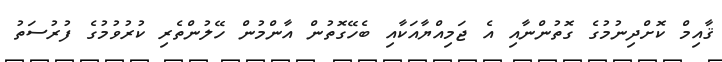
ޤާއިމް ކޮށްދިނުމުގެ ގޮތުންނާއި އެ ޖަމިއްޔާއަކާއި ބެހޭގޮތުން އާންމުން ހޭލުންތެރި ކުރުވުމުގެ ފުރުސަތު